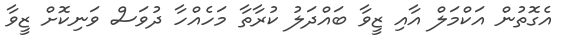
އެގޮތުން އަކްމަލް އާއި ޒީވާ ބައްދަލު ކުރާތާ މަހެއްހާ ދުވަސް ވަނިކޮށް ޒީވާ